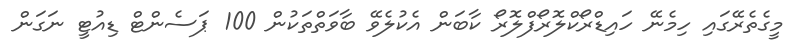
މީގެތެރޭގައި ހިމެނޭ ހައިޑްރޯކްލޮރޯފްލޮރޯ ކާބަން އެކުލެވޭ ބާވަތްތަކުން 100 ޕަސެންޓް ޑިއުޓީ ނަގަން